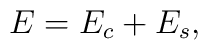
E = E_c + E_s ,